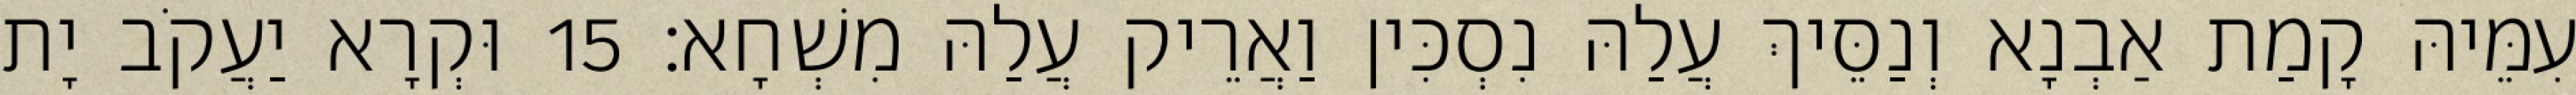
עִמֵּיהּ קָמַת אַבְנָא וְנַסֵּיךְ עֲלַהּ נִסְכִּין וַאֲרֵיק עֲלַהּ מִשְׁחָא׃ 15 וּקְרָא יַעֲקֹב יָת